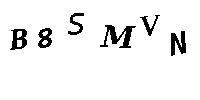
B8SMVN